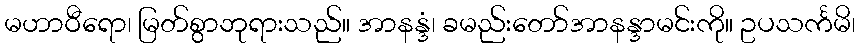
မဟာဝီရော၊ မြတ်စွာဘုရားသည်။ အာနန္ဒံ၊ ခမည်းတော်အာနန္ဒာမင်းကို။ ဥပသင်္ကမိ၊